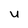
Character: U